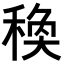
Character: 𥠅